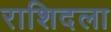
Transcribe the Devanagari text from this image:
राशिदला